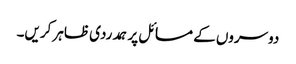
دوسروں کے مسائل پر ہمدردی ظاہر کریں۔